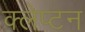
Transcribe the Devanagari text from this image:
क्लेप्टन